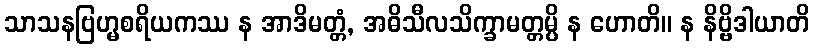
သာသနဗြဟ္မစရိယကဿ န အာဒိမတ္တံ, အဓိသီလသိက္ခာမတ္တမ္ပိ န ဟောတိ။ န နိဗ္ဗိဒါယာတိ